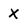
Character: X